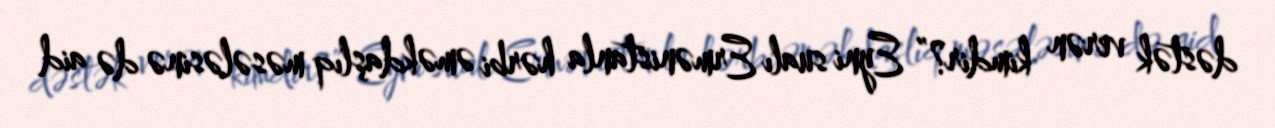
dəstək verən kimdir?” Eyni sualı Ermənistanla hərbi əməkdaşlıq məsələsinə də aid